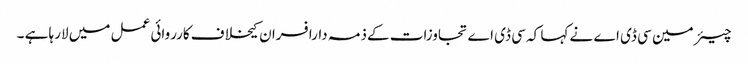
چیئر مین سی ڈی اے نے کہا کہ سی ڈی اے تجاوزات کےذمہ دارافسران کیخلاف کارروائی عمل میں لارہا ہے ۔